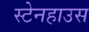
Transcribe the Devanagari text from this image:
स्टेनहाउस